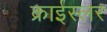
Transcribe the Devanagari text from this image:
क्राईस्लर